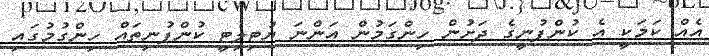
އެއް ކަމަކީ އެ ކުންފުނީގެ ދަށުން ހިންގަމުން އަންނަ ޔުޓިލިޓީ ކުންފުނިތައް ހިންގުމުގައި